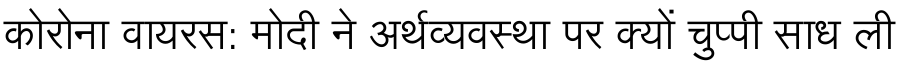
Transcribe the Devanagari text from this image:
कोरोना वायरस: मोदी ने अर्थव्यवस्था पर क्यों चुप्पी साध ली